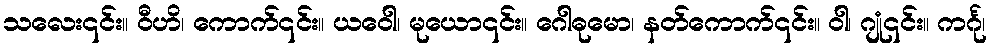
သလေး၎င်း။ ဝီဟိ၊ ကောက်၎င်း။ ယဝေါ၊ မုယော၎င်း။ ဂေါဓုမော၊ နတ်ကောက်၎င်း။ ဝါ၊ ဂျုံ၎င်း။ ကင်္ဂု၊